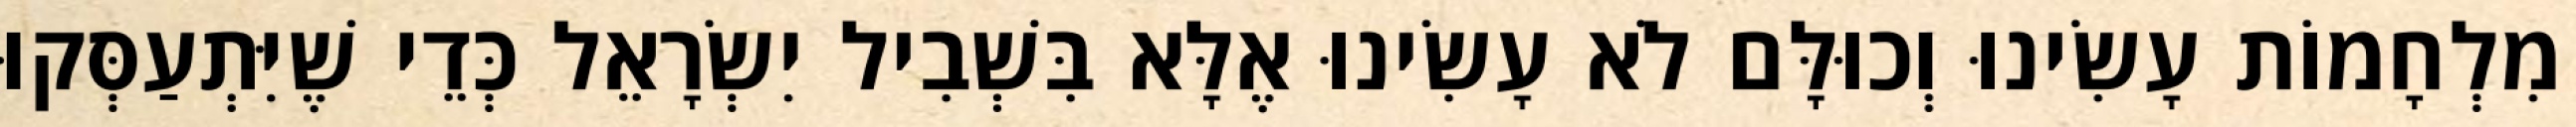
מִלְחָמוֹת עָשִׂינוּ וְכוּלָּם לֹא עָשִׂינוּ אֶלָּא בִּשְׁבִיל יִשְׂרָאֵל כְּדֵי שֶׁיִּתְעַסְּקוּ